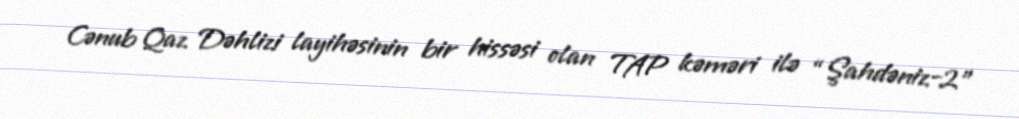
Cənub Qaz Dəhlizi layihəsinin bir hissəsi olan TAP kəməri ilə “Şahdəniz-2"